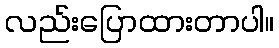
လည်းပြောထားတာပါ။